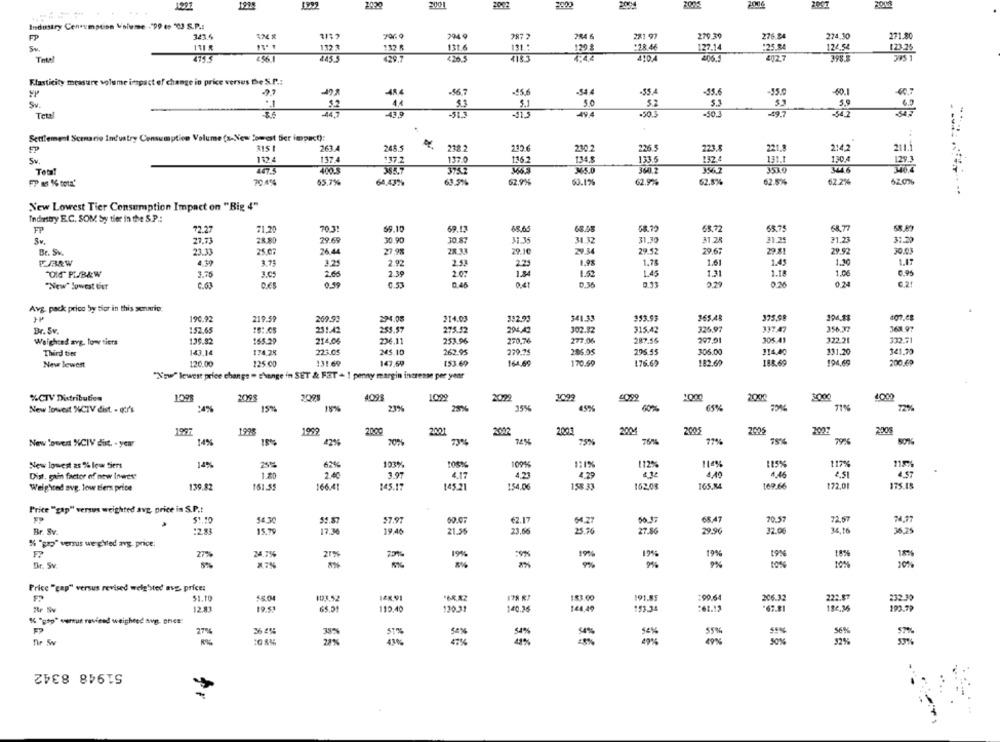
1997
3001
Industry Consumption Volume ."99 (s "℃J S.P .:
FP
341.4
794
287 2
284 6
281 97
279.39
276.94
274.30
271.8
132 %
132 R
131.
131 .*
1201
:28.46
127.14
:25.84
124.54
123.25
Total
445 5
429,7
426.5
4183
410.4
406.3
402.7
Elasticity measure volume impact of change in price versus De S.P .:
-54 4
-56.7
-35/
-55.6
-55.0
-60.1
Sv
3.1
50
$2
44.7
-50
3.0
Tetel
-51.3
49 4
-49.7
Settlement Scenarie Industry Consumption Volume (x-New Comest tier impact):
263
248.5
238.2
2126
226.5
223.8
221.8
214.2
230.2
Sv.
137.4
137.0
136.2
134.8
133.5
1324
131.1
130.4
129.
Total!
400
3752
360.2
3539
FP as % tota'
65,7%
64,43%
63.5%
62.9%
63.1%
62.9%
62.6%
62.5%
62.2%
520%
New Lowest Tier Consumption Impact on "Big 4"
Industry E.C. SOM Sy tier in the S.P .:
FP
72.27
71.20
70.31
59.10
69.13
68.65
58.79
68.72
68,77
31.30
21.23
31.30
Sv.
27.73
28.80
29.69
30.90
30.87
31.35
31.32
81 .28
21.25
Br. Sv.
23.33
25.07
26 44
27.9%
29.10
29.34
29.52
29.67
29.81
29.92
30.03
FBRW
4.30
3.75
3.25
2.92
2.53
221
1.98
1.7€
1.61
1.45
1.1
1.17
"DIS PLB&W
3.7
3.6
2.66
2.39
2.07
1.34
1.52
1.45
1.31
1.18
1.00
0.95
0:36
"New" Sowest tur
C.63
0€
0.59
0.53
0.46
041
2.29
0.24
Avg. pack price by tior in this scrurio.
190.92
219.59
269.92
274.08
314.03
332.93
341.33
353.93
365.48
375,58
107.08
168.97
Br. Sv.
152.65
231.42
255.57
275.52
294,42
302.32
315.42
326.97
137.47
356.37
Weighted avg. towe tiers
139.92
165.29
214,05
236.11
253.96
270,76
277.06
287.56
297.01
305.41
322.21
332.71
Third tier
143,14
174.28
223.05
245.10
262.95
279.75
286.05
296.55
306.00
114,40
131.20
341.79
New lewest
120.00
125 .00
131.69
147.69
153.69
164,69
170.59
176.62
182.60
188.69
194,69
200.69
"N'aw" lewest price change = change in SET & FAT - 1 penny margin increase per year
%CTV Distribution
1098
2098
3099
4095
1099
2022
1099
2000
2000
New lowest %CTV dist. - qtr's
15%%
23%
25%
35%
45%
60%
65%
71%
72%
1997
1995
2000
2001
2004
2005
2027
2002
2001
New 'owed %CIV dist. - year
14%
22%
20%
73%
75%
77%
79%
New lowest as % lew Siers
14%
123%
100%
1:1%
112%
114%
115%
117%
Dist. gain factor of new Inwes
1.20
2.40
3.97
4.17
4.23
4,40
4.45
2.51
4.57
Weighted avg. low tiers price
139.82
161.55
166.41
145.17
145.21
154.06
158.33
162.08
169.66
$72.01
175.15
Price "gap" versus weighted ave, price in S.P .:
54.30
55.87
57.97
62.17
54.77
68.47
70.57
72.67
Br. Sv
:2.83
15.79
17.36
19.46
21.55
23,66
25.76
27.86
29.96
32.00
34, 16
36,25
% "pro" versus weighed avg. price:
27%
24.7%
21%
19%
:99
19%
19%
Br. Sv.
X7%
9%
9%
10%
10%
Price "cap" versus revised weighsted avg price:
51.19
55.04
103,52
1&X,91
183.00
191.85
:99.64
206.32
222.87
232.30
12.13
19.51
65.51
110.40
130.31
140.26
144,49
153.34
184.36
% "pop" cunun reviend weighted aug. oniet"
36 2%
55%
27%
43%
49%
32%
51948 8342